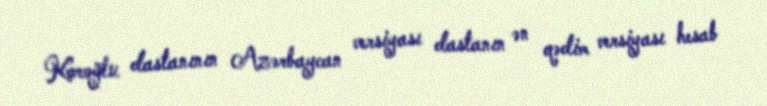
Koroğlu dastanının Azərbaycan versiyası dastanın ən qədim versiyası hesab